Medical and sanitary report of the native army of Madras for the year
Year: 1872
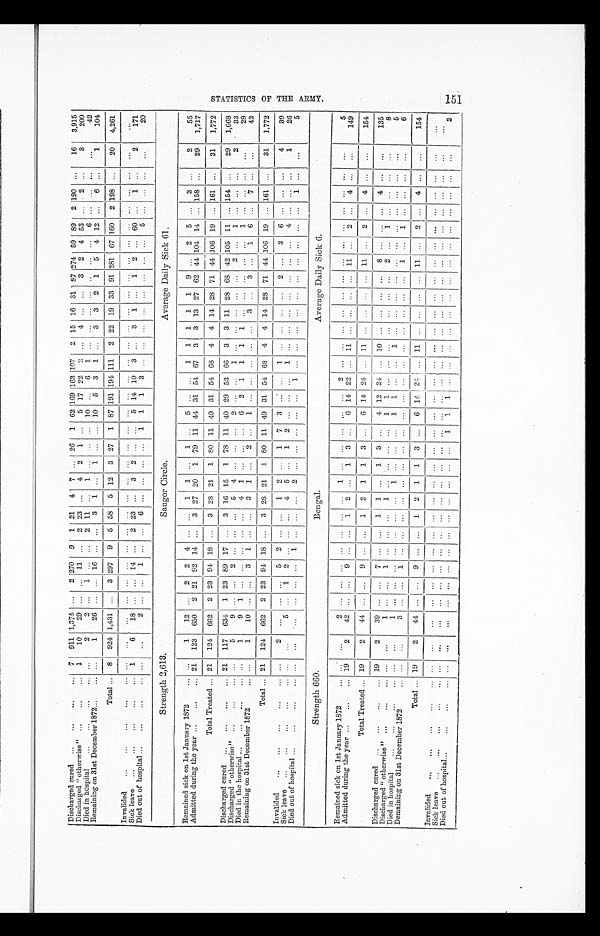
S T A T I S T I C S O F T H E A R M Y.
Discharged cured ...
. . .
...
... 7 911 1,374 ... 2 270 9 1 21 4 7 ... 26 1 62 169
1 6 3 107 2 15 16 31 87 274 59 89 2 190 ...
16
3,915
Discharged "otherwise" ...
...
... 1
10
29 ...
. . . 11 ... 2 23 ...
4 2 1 ...
5 17 22
2
. . . 4 ... ... 3 2 4 53 ...
2 ...
3
2 0 0
Died in hospital
...
...
...
. . .
. . .
2
2 ...
1
. . . ... 2 11 . . .
1
. . . ... ... 10
. . . 6 1 ... ... ... ... ... ... ...
6 ...
. . .
. . .
. . .
4 2
Remaining on 31st December 1872...
... ...
1
26 ... ... 16 ... ...
3
1
. . .
1 ... ... 10 5 3 1 ...
3 3 2 1 5 4 12 ...
6 ...
1
104
Total ... 8 924 1,431 ...
3 297 9 5 58 5 12 3 27 1 87 191 194 111 2 22 19 33 91 281 67 160 2 198 ...
20
4,261
Invalided
. . . ...
. . . ...
. . .
. . .
. . .
. . . . . .
. . .
. . . . . .
. . . . . .
. . .
. . .
. . .
. . .
. . .
. . .
...
. . .
. . .
. . .
. . .
. . . ...
. . .
. . .
. . .
. . . ...
. . .
. . . ...
...
Sick leave ...
...
...
...
... 1
6
18
. . .
. . . 14 ...
2 23 ...
3 2 ... ...
5 14 10 3
. . . 3 1 ...
1 2
60 ... 1 ...
2
171
Died out of hospital . ...
...
...
... ...
...
2 ... ...
1 ... ...
6 ... ... ... ...
1 1 1 3 ... ... ... ... ... ... ... ...
5 ... ... ... ...
20
Strength 2,613.
Saugor Circle.
Average Daily Sick 61.
Remained sick on 1st January 1872
... ...
1
12 ... 2 2 4
... ...
1 1
...
1 ...
5 ... ...
1 1 1 1 1 9 ...
2 5 ...
3 ...
2
55
Admitted during the year ...
...
... 21 123 650 2 21 92 14 ...
3 27 20 ...
79 11 44 31 54 67 3 3 13 27 62 44 104 14 ... 158 ...
29
1,717
Total Treated ... 21 124 602 2 23
94
18 ...
3 28 21 1 80 11 49 31 54 68 4 4 14 28 71 44 106 19 ... 161 ...
31
1,772
Discharged cured .....
. . .
...
. . . 21 117 634 1 23 89 17 ...
3 16 15 1 78 11 40 29 53 66 3 3 11 28 68 42 105 11 ... 154 ...
29
1,668
Discharged "otherwise" . . .
...
. . . . . .
5
9 ... ... 2 ... ... ...
5 4
. . .
. . . . . . 2 ...
1
1
1 1
. . . ...
. . . 2
. . . 1 ...
. . .
. . .
2
33
Died in the hospital ...
...
...
. . . ...
1
9 1
. . . ... ... ... ... 4 1
. . .
. . .
. . . 6 2
. . . 1
. . .
. . . ...
... ...
. . . ...
1 ...
. . .
. . .
. . .
29
Remaining on 31st December 1872
... ...
1
10 ... ... 3 1 ... ...
3 1 ...
2 ...
1 ... ... ... ... ...
3 ...
3 ...
1 6 ...
7 ... ...
42
Total ... 21 124 662 2 23 94 18 ...
3 28 21 1 80 11 49 31 54 68 4
. . . 14 28 71 44 106 19 ... 161 ...
31
1,772
Invalided
...
. . .
. . . ...
... ...
2
. . . . . .
. . . 5 2 ... ...
1 2 ...
1 7 3
... ...
1
. . .
. . .
. . . ... 2
. . . 3 6 ...
. . .
. . .
4
39
Sick leave ...
. . .
...
...
... ...
...
5 ...
. . . 2 ...
. . . ... 4 5 ...
1 2 ... ...
. . .
. . .
. . .
. . .
. . . ...
. . .
. . .
. . .
. . . ...
. . .
. . .
1
26
Died out of hospital . . .
...
...
... ...
...
...
... ... ...
1 ... ... ... ...
... ... ... ... ... ... ... ... ... ... ...
. . . . . . . . . . . ... ... ... ...
1 ... ...
5
Strength 660.
Bengal
Average Daily Sick 6.
Remained sick on 1st January 1872
... ...
...
2
... ... ... ... ... ... ... 1 ... ... ... ... ...
2
... ... ... ... ... ... ... ... ... ... ...
. . .
. . .
5
Admitted during the year ...
...
... 19
2
42 ... ... 9 ... ... 1 2 ...
1 3 ...
6 14 22 ... 11 ... ... ... ...
11 ...
2 ... 4
. . .
. . .
149
Total Treated ... 19
2
44 ... ...
9 ...
...
1 2 1 1 3 ...
6 14 24 ... 11 ... ... ... ... 11 ... 2 ...
4
. . .
. . .
154
Discharged cured
"
. . .
"
...
...
... 19
2
39 ...
. . . 7 ... ...
1 1 ...
1 3
. . . 4 12 24 ... 10
. . .
. . . ...
. . . 8
. . .
. . . ... 4
. . .
. . .
135
Discharged "otherwise"
. . . ...
. . .
. . . .
. . .
1
. . .
. . .
1
. . .
. . .
. . .
1
. . .
. . .
. . .
. . .
1 1
. . .
. . .
. . .
. . .
. . . ...
. . .
2
. . .
1 ...
. . .
. . .
. . .
8
Died in hospital
. . .
. . . ...
. . .
. . .
. . .
1
. . .
. . .
. . . . . .
. . .
. . .
. . .
1 ... ... ...
1 1 ... ...
1 ... ... ...
. . . . . . ...
. . . ... ... ...
...
5
Remai ni ng on 31s t December 1872
. . . . . .
. . .
3 ... ... 1 ... ... ... ... ... ... ...
. . .
. . . ... ... ... ... ... ... ... ...
1 ...
1 ...
. . .
. . .
. . .
6
Total ... 19
2
44 ... ...
9 ... ... 1 2 1 1 3 ...
6 14 24 ... .
11 ...
... ... 11 ... 2 ... 4 ...
...
154
Invalided ...
. . .
...
...
... ... ...
...
... ... .... ...
... ... ... ... ... ... ... ... ... ... ... ... ... ... ... ... ... ...
. . . ... . . .
. . .
. . .
. . .
Sick leave ... . . .
...
...
... ...
...
... ...
... ... ... ... ... ... ... ... ... ... ... ... .... ... ... ... ... ...
... ... ... ... ... ... ...
...
...
Died out of hospital.. . . .
...
...
... ... ...
... ... ... ... ...
... ... ... .... ... ...
1 1 ... ... ... ... ...
... ... ... ...
. . . ... ... ... ...
...
3
1 5 1